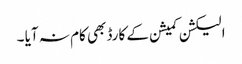
الیکشن کمیشن کے کارڈ بھی کام نہ آیا ۔